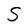
Character: S